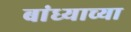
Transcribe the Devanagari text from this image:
बांध्याच्या